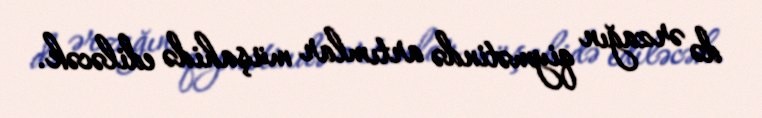
də ərzağın qiymətində artımlar müşahidə ediləcək.